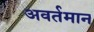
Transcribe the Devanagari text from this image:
अवर्तमान